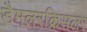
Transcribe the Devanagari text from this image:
डैमलरक्रिसलर